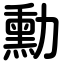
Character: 勳